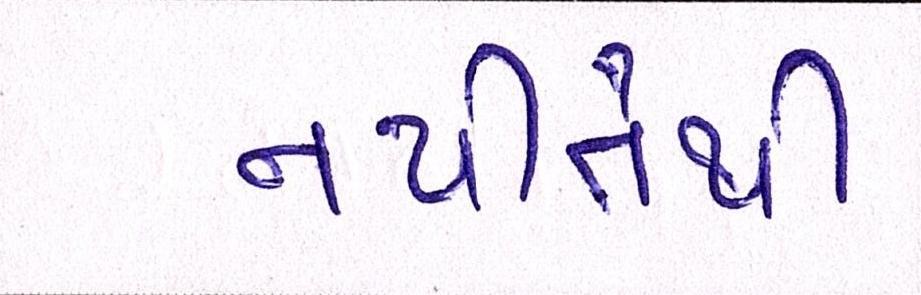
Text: નથીતેથી